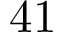
4 1